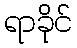
ရာခိုင်